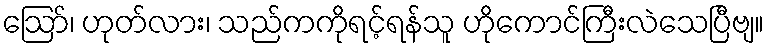
ဪ၊ ဟုတ်လား၊ သည်ကကိုရင့်ရန်သူ ဟိုကောင်ကြီးလဲသေပြီဗျ။